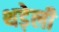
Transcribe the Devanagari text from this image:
थड़ेली